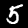
Digit: 5